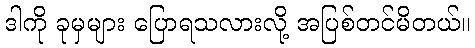
ဒါကို ခုမှများ ပြောရသလားလို့ အပြစ်တင်မိတယ်။